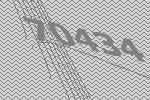
70434